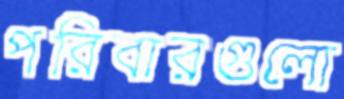
পরিবারগুলো